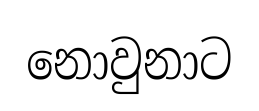
නොවුනාට